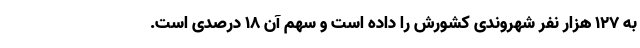
به ۱۲۷ هزار نفر شهروندی کشورش را داده است و سهم آن ۱۸ درصدی است.